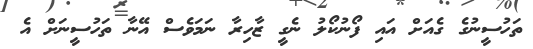
ތަހުސީނުގެ ގެއަށް އައި ފޯނުކޯލު ނެގީ ޒާހިރާ ނަމަވެސް އޭނާ ތަހުސީނަށް އެ